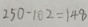
2 5 0 - 1 0 2 = 1 4 8